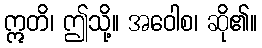
ဣတိ၊ ဤသို့။ အဝေါစ၊ ဆို၏။